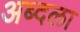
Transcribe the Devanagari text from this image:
अब्दला